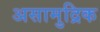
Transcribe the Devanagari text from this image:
असामुद्रिक